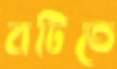
বটিতে